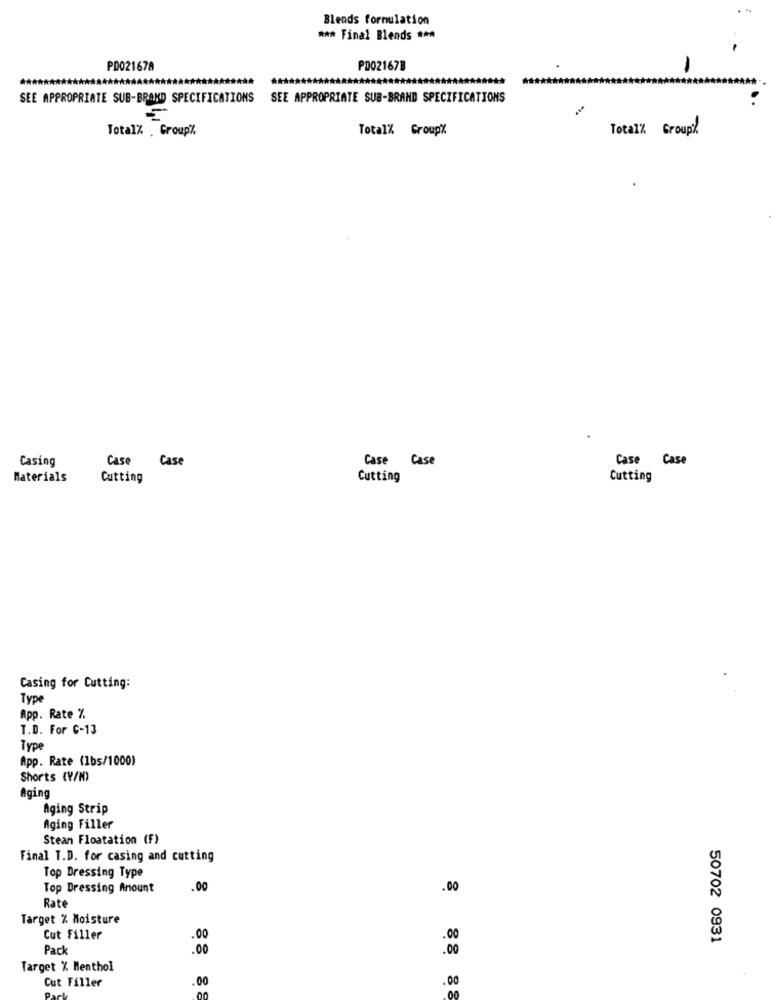
Blends formulation
*** Final Blends ***
PD021678
PD021678
******
SEE APPROPRIATE SUB-BRAND SPECIFICATIONS SEE APPROPRIATE SUB-BRAND SPECIFICATIONS
Total% . Group%
Total% Group%
Total% Group%
Casing
Case
Case
Case Case
Case Case
Materials
Cutting
Cutting
Cutting
Casing for Cutting:
Type
App. Rate %
T.D. For C-13
Type
App. Rate (1bs/1000)
Shorts (Y/N)
Aging
Aging Strip
Aging Filler
Steam Floatation (F)
Final T.D. for casing and cutting
Top Dressing Type
Top Dressing Amount
.00
.00
Rate
Target % Moisture
Cut Filler
.00
50702 0931
Pack
.00
Target % Menthol
.00
Cut Filler